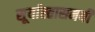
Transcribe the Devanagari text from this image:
सूर्यास्तासमयी